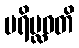
ပရိပ္လဝတိ